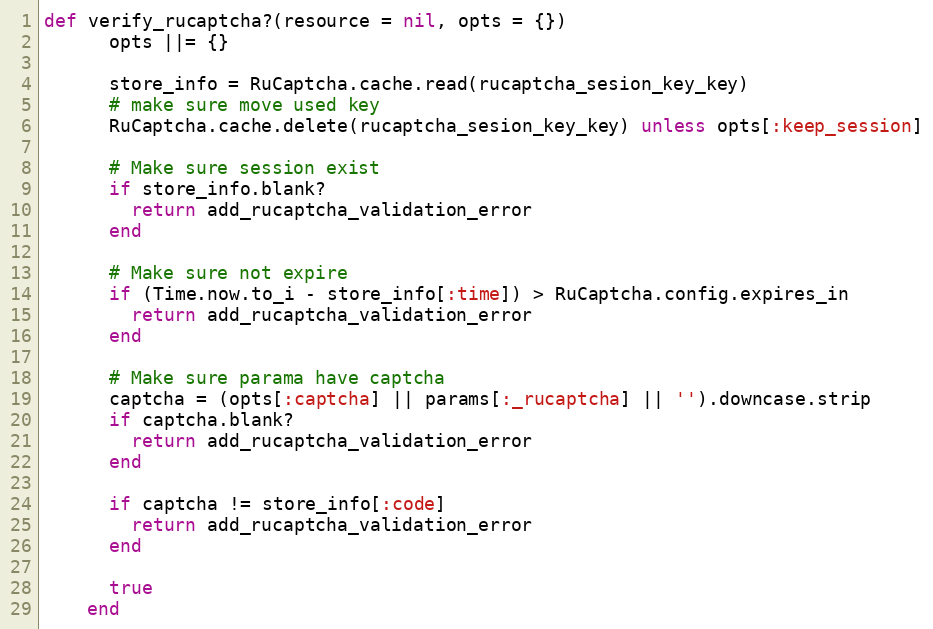
Language: Ruby
def verify_rucaptcha?(resource = nil, opts = {})
      opts ||= {}

      store_info = RuCaptcha.cache.read(rucaptcha_sesion_key_key)
      # make sure move used key
      RuCaptcha.cache.delete(rucaptcha_sesion_key_key) unless opts[:keep_session]

      # Make sure session exist
      if store_info.blank?
        return add_rucaptcha_validation_error
      end

      # Make sure not expire
      if (Time.now.to_i - store_info[:time]) > RuCaptcha.config.expires_in
        return add_rucaptcha_validation_error
      end

      # Make sure parama have captcha
      captcha = (opts[:captcha] || params[:_rucaptcha] || '').downcase.strip
      if captcha.blank?
        return add_rucaptcha_validation_error
      end

      if captcha != store_info[:code]
        return add_rucaptcha_validation_error
      end

      true
    end